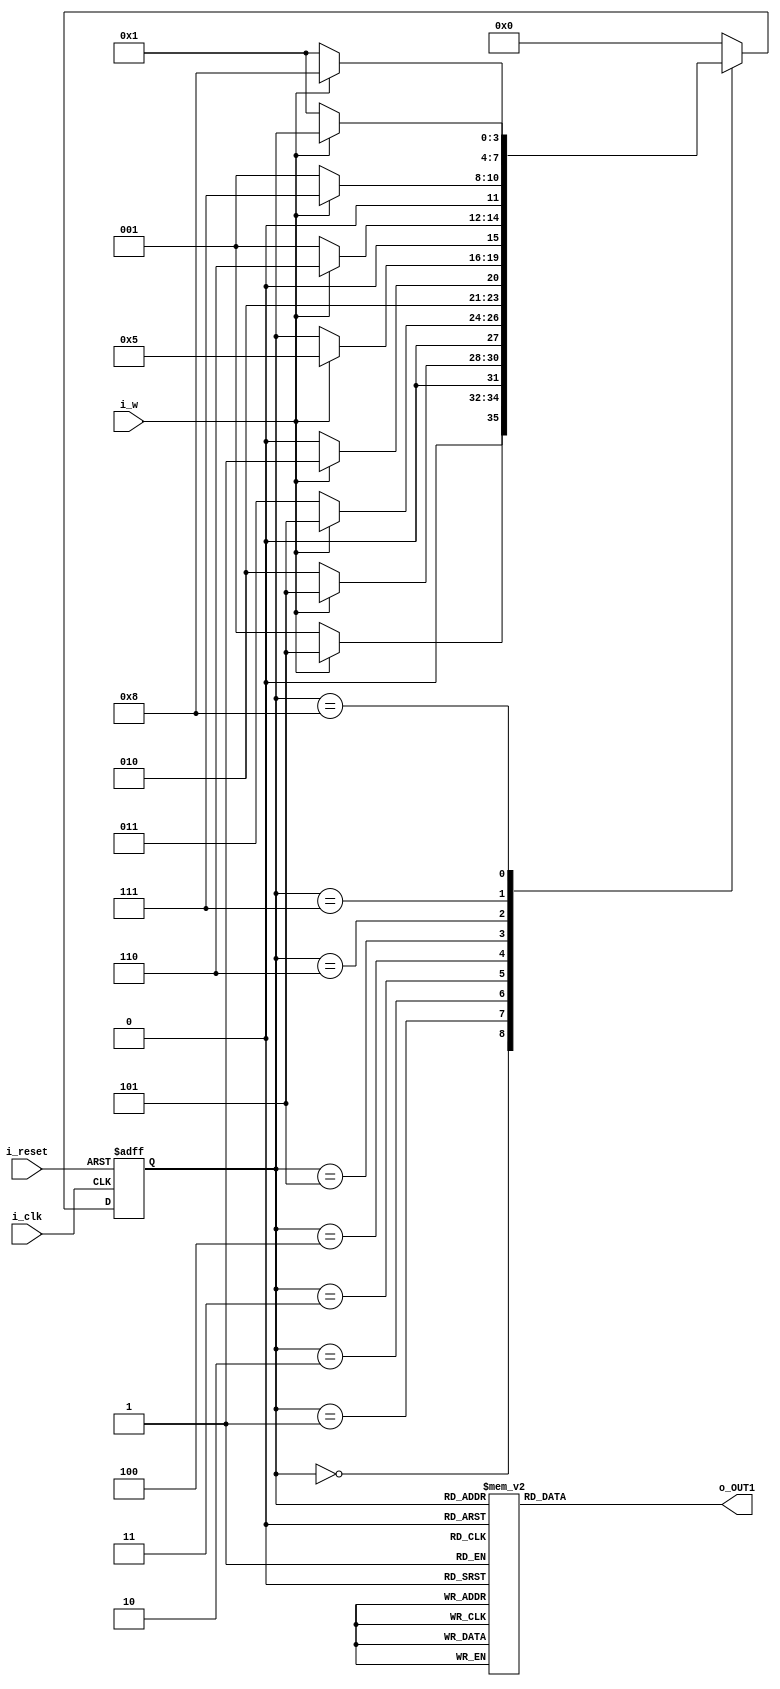
module stateMacSix(i_clk, i_reset, i_w, o_OUT1);
input i_clk, i_reset, i_w;
output reg o_OUT1;

reg [3:0] state;

parameter [3:0] stateA = 0, stateB = 1, stateC = 2, stateD = 3, stateE = 4, stateF = 5, stateG = 6, stateH = 7, stateI = 8;

always @(posedge i_clk , posedge i_reset) begin
	if (i_reset)
		 state = stateA;
		else
	 case (state) 
		stateA: if(~i_w) state = stateB;
		else state = stateF;
		stateB:	if(~i_w) state = stateC;
		else state = stateF;
		stateC: if (~i_w) state = stateD;
		else state = stateF;
		stateD:if(~i_w) state = stateE;
		else state = stateF;
		stateE:if(i_w) state = stateF;
		else state = state;
		//
		stateF:if(i_w) state = stateG;
		else state = stateB;
		stateG:if(i_w) state = stateH;
		else state = stateB;
		stateH:if(i_w) state = stateI;
		else state = stateB;
		stateI:if(~i_w) state = stateB;
		default: state = stateA;
	endcase
	
end

always @(state) begin
	case(state)
	stateA: o_OUT1 = 0;
	stateB: o_OUT1 = 0;
	stateC: o_OUT1 = 0;
	stateD: o_OUT1 = 0;
	stateE: o_OUT1 = 1;
	stateF: o_OUT1 = 0;
	stateG: o_OUT1 = 0;
	stateH: o_OUT1 = 0;
	stateI: o_OUT1 = 1;
	default:o_OUT1 = 0;
	endcase
end
endmodule